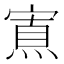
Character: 𡪍